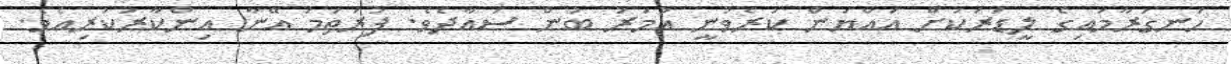
ހަނގުރާމައިގެ ލީޑަރަކަށް އައްޔަން ކުރެވުނީ އުމަރު ބުން ސައާދެވެ. ފުރަތަމަ އޭނާ އިންކާރުކުރިއެވެ.